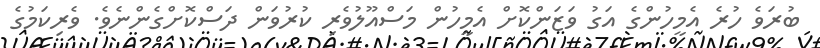
ބުރަވެ ހުރެ އެމީހުންގެ އަގު ވަޒަންކޮށް އެމީހުން މަސްއޫލުވެރި ކުރުވަން ދަސްކޮށްގެންނެވެ. ވެރިކަމުގެ